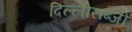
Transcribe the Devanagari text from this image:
दिल्लीसब्जी